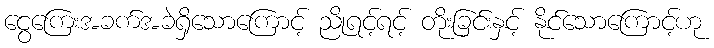
ငွေကြေးအခက်အခဲရှိသောကြောင့် ညိုရင့်ရင့် တိုးခြင်းနှင့် နိုင်သောကြောင့်ဟု